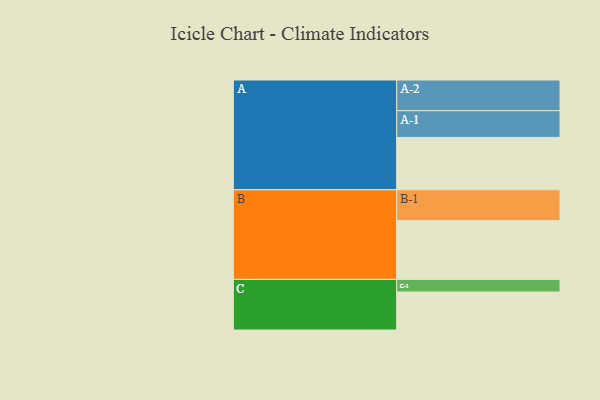
{"axis": {"x": "Segment", "y": "Value"}, "legend": ["", "A", "B", "C"], "data": [{"x": "A", "y": 423, "type": ""}, {"x": "B", "y": 474, "type": ""}, {"x": "C", "y": 307, "type": ""}, {"x": "A-1", "y": 216, "type": "A"}, {"x": "A-2", "y": 248, "type": "A"}, {"x": "B-1", "y": 250, "type": "B"}, {"x": "C-1", "y": 102, "type": "C"}]}